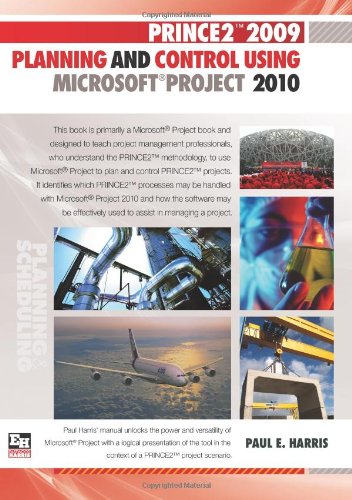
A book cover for PRINCE2 2009 Planning and Control Using Microsoft Project 2010; Mr Paul E Harris; Computers & Technology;